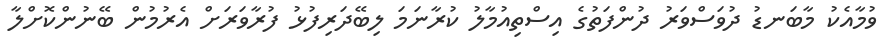
ވުމާއެކު މާބަނޑު ދުވަސްވަރު ދުންފަތުގެ އިސްތިއުމާލު ކުރާނަމަ ލިބޭދަރިފުޅު ފުރާވަރަށް އެރުމުން ބޭނުންކޮށްލާ